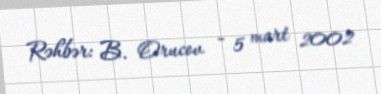
Rəhbər: B. Orucov - 5 mart 2002